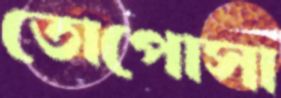
তোপোসা